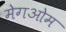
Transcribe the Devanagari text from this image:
मेगओम